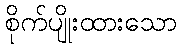
စိုက်ပျိုးထားသော